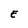
Character: E